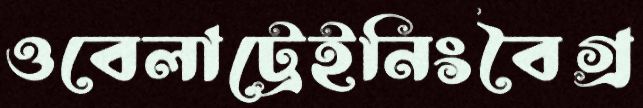
ওবেলাট্রেইনিংবৈগ্র